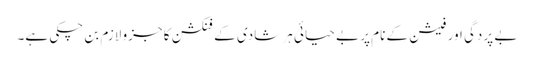
بے پردگی اور فیشن کے نام پر بے حیائی ہر شادی کے فنکشن کا جزو لازم بن چکی ہے۔